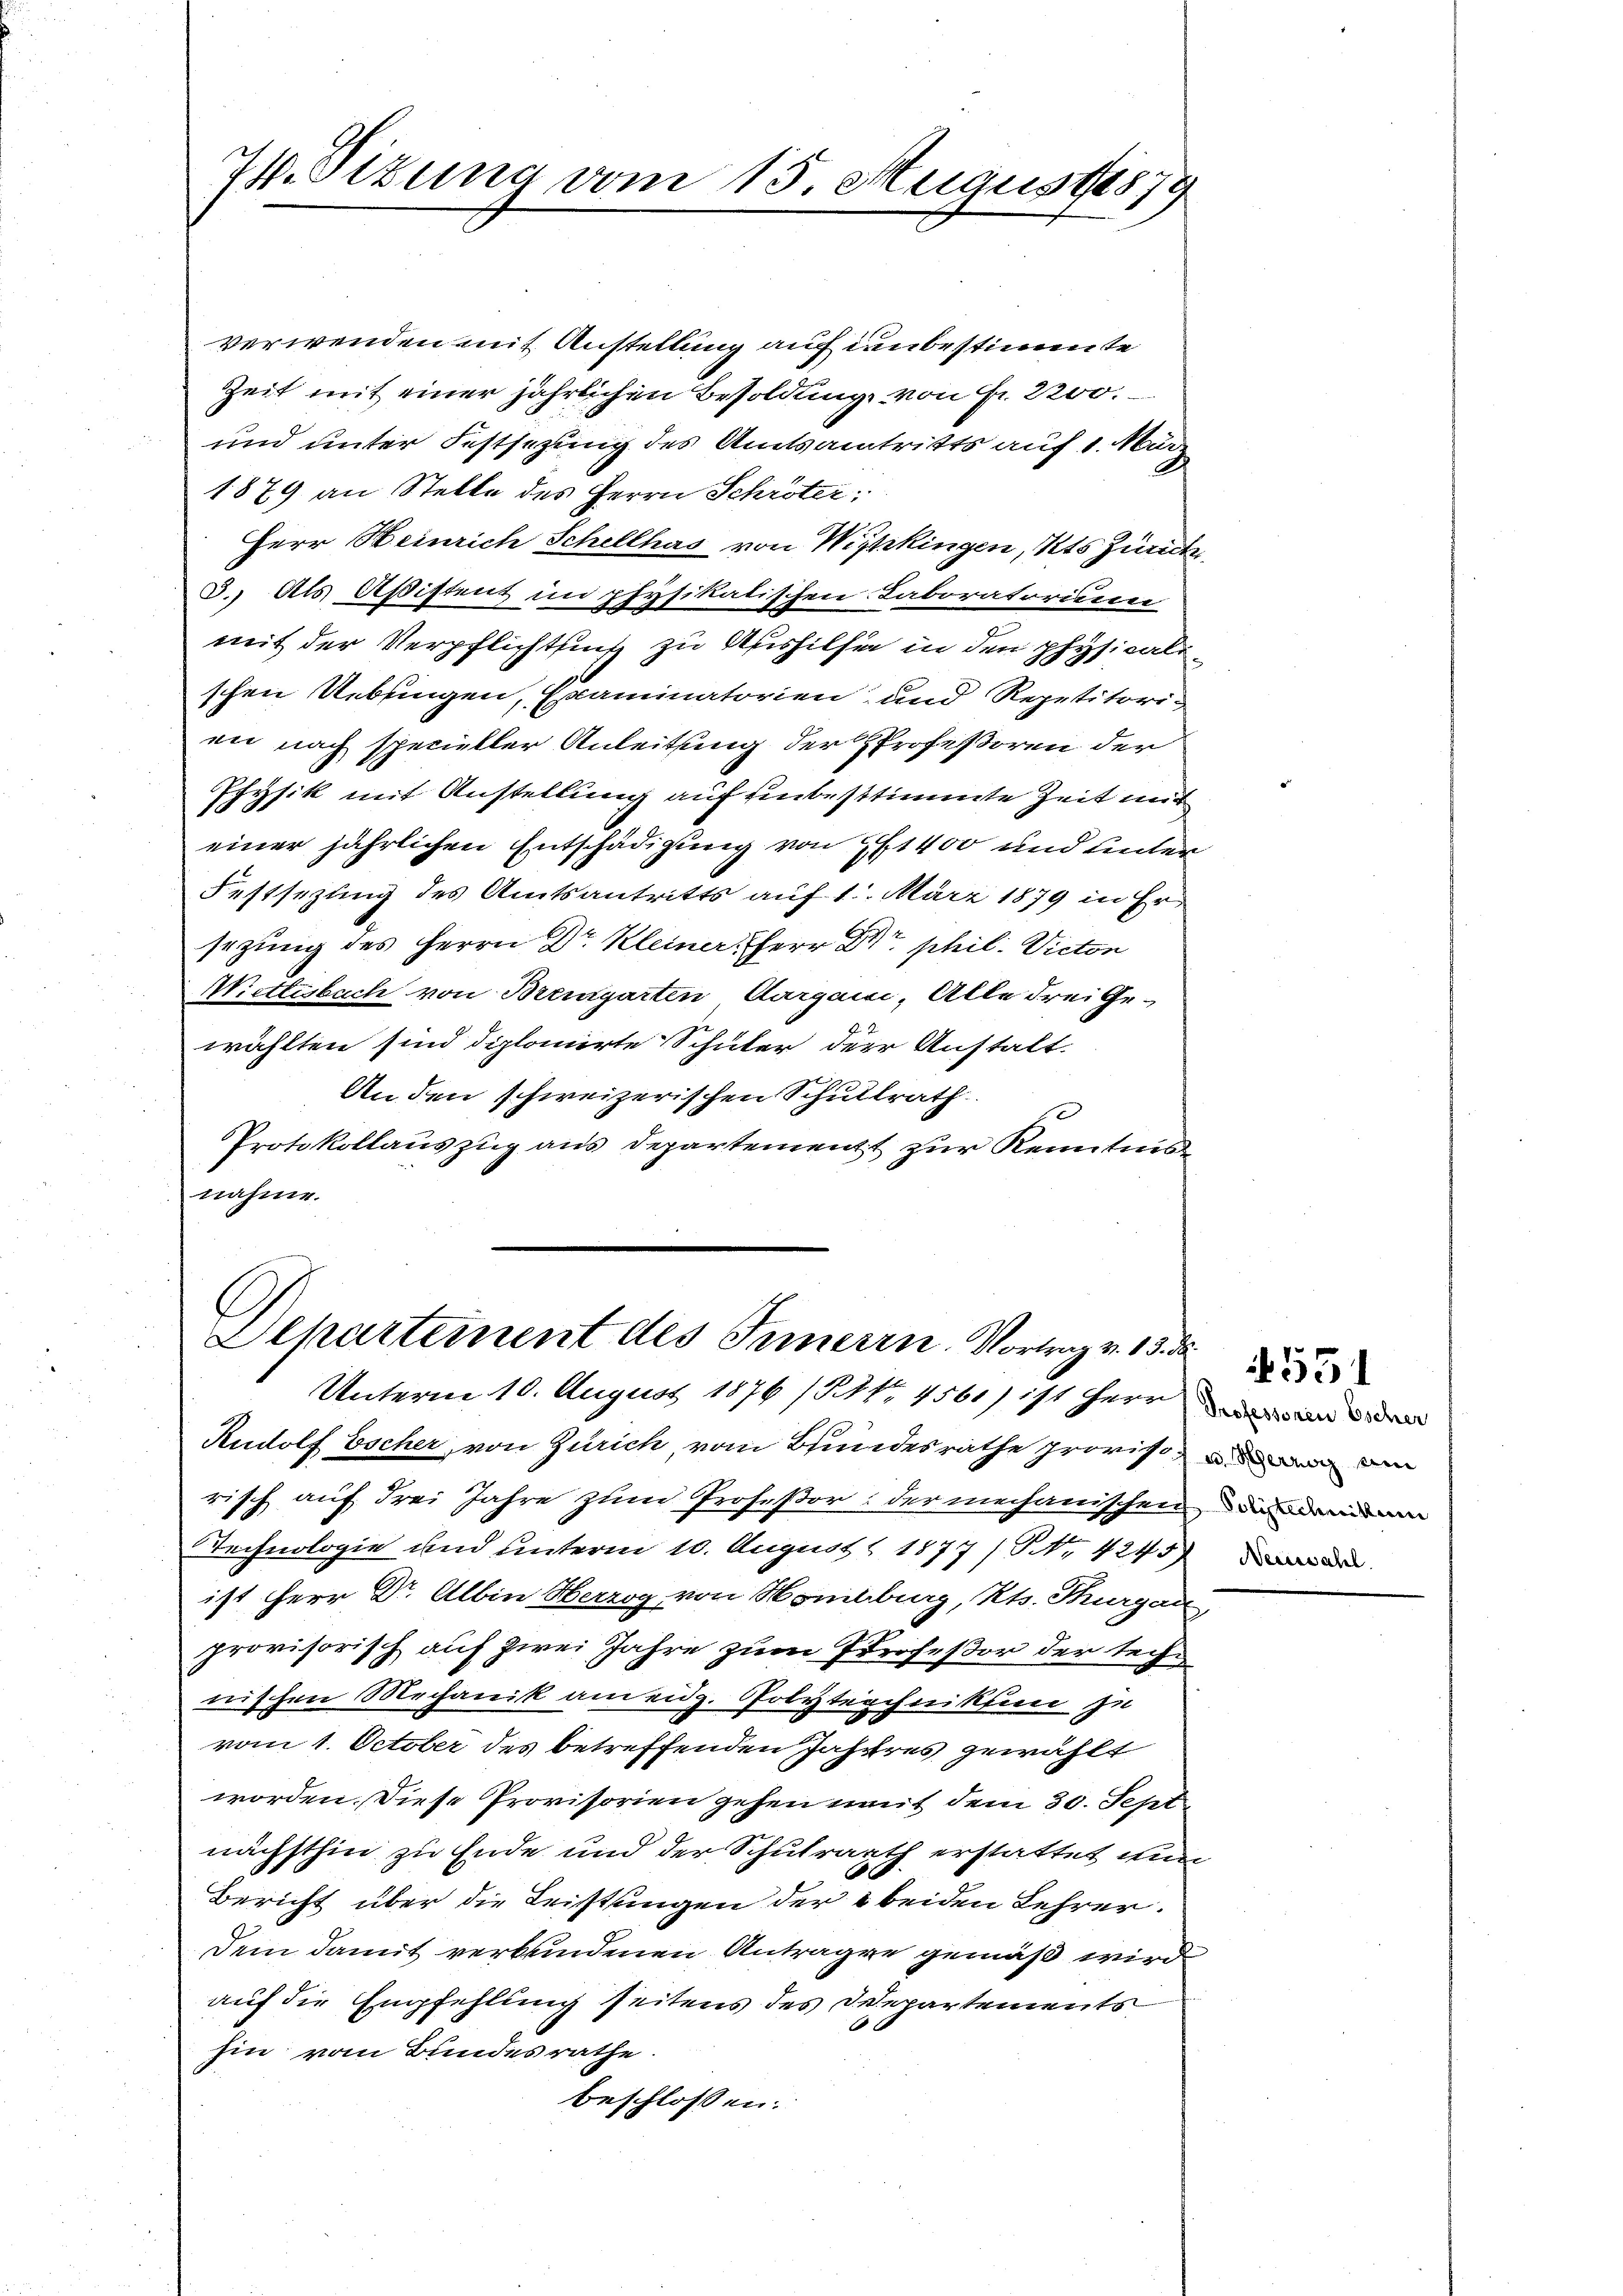
74. Sizung vom 15. Augus 18879

verwenden mit Anstellung auf unbestimmte
Zeit mit einer jährlichen Besoldung von Fr. 2200.
und unter Festsezung des Amtsantritts auf 1. März
1879 an Stelle des Herrn Schröter:
Herr Heinrich Schellhas von Wipkingen, Kts Zunck
3.) Als Aßistent in physikalischen Laboratorium
mit der Verpflichtung zu Aushilfer in den physicalischen Uebringen, Examinatorien und Repetitorien nach specieller Anleitung der Professoren der
Physik mit Anstellung auf einbestimmte Zeit mit
einer jährlichen Entschädigung von 1400 und unter
Festsezung des Amtsantritts auf 1. März 1879 in Er
sezung des Herrn Dr. Kleiner Herr Dr. phil. Victon
Wiettesbach von Bremgarten Aargani, Alle drei Ge-
wählten sind diplomirte Schüler der Anstalt.
An den schweizerischen Schullrath
Protokollauszug aus Departement zur Kenntnisnahme.

Alhartement des Inneren Vortrag v. 13. d

Unterm 10. August 1876 (14t. 4561) ist Herren
Rudolf Escher, von Zürich vom Bundesrathe proris an d
risch auf drei Jahre zum Profeßor: der mechanischen
Technologie und unterm 10. August 1877/Pr. 4245)
ist Herr Dr. Albin Herzog von Homburg, Kts. Thurgau,
provisorisch auf zwei Jahre zum Profeßor der teche
wischen Mechanik am eidg. Polytechniken zu
vom 1. October des betreffenden Jahres gewählt
worden. Diese Provisorien gehen mit dem 30. Sept.
nächsthin zu Ende und der Schulrath erstattet nun
Bericht über die Leistungen der beiden Lehrer.
Dem damit verbundenen Antragen gemäß wird
auf die Empfehlung seitens des Departements
hin vom Bundesrathe.
beschlossen:

Polytechnikum
Neuwahl.

551